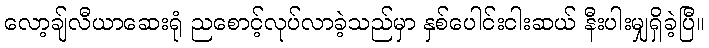
လော့ချ်လီယာဆေးရုံ ညစောင့်လုပ်လာခဲ့သည်မှာ နှစ်ပေါင်းငါးဆယ် နီးပါးမျှရှိခဲ့ပြီ။